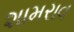
શામરાવ